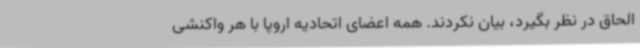
الحاق در نظر بگیرد، بیان نکردند. همه اعضای اتحادیه اروپا با هر واکنشی